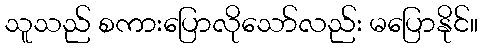
သူသည် စကားပြောလိုသော်လည်း မပြောနိုင်။